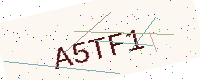
Text: A5TF1